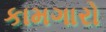
કામગારો